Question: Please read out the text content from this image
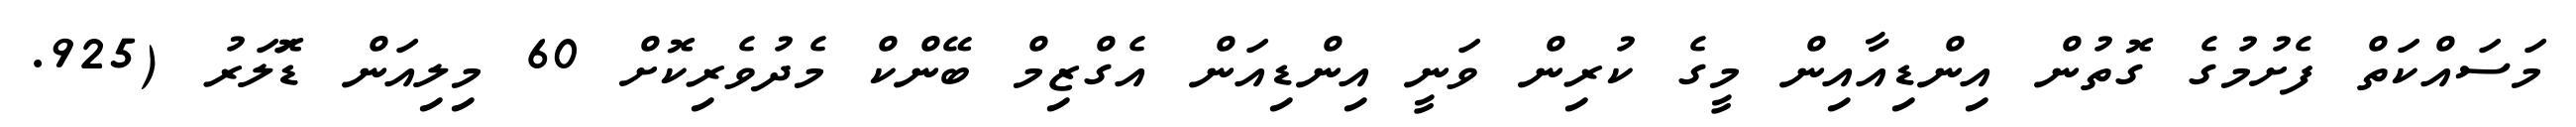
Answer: މަސައްކަތް ފެށުމުގެ ގޮތުން އިންޑިއާއިން މީގެ ކުރިން ވަނީ އިންޑިއަން އެގްޒިމް ބޭންކް މެދުވެރިކޮށް 60 މިލިއަން ޑޮަލަރު (925.